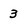
Character: 3